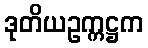
ဒုတိယဥက္ကဋ္ဌက